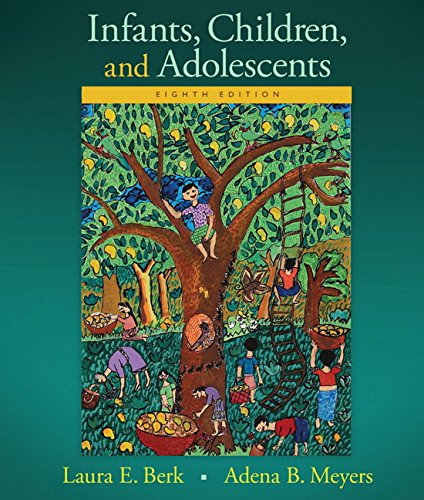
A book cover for Infants, Children, and Adolescents Plus NEW MyDevelopmentLab with Pearson eText Valuepack Access Card -- Access Card Package (8th Edition); Laura E. Berk; Medical Books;